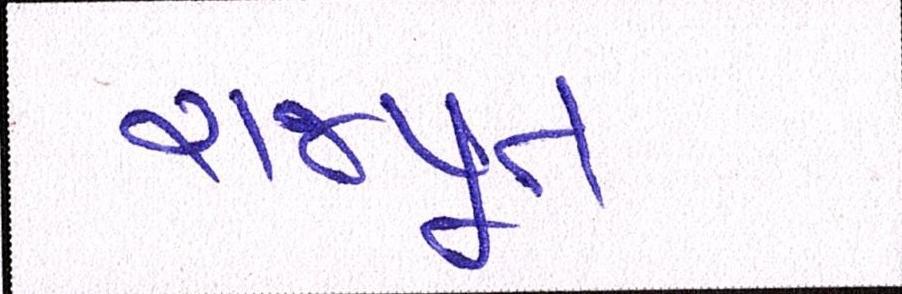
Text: રાજપૂત